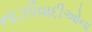
નાઝીવાદીઓના